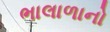
ભાલાળાનો